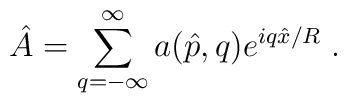
\hat{A}=\sum_{q=-\infty}^{\infty}a(\hat{p},q)e^{iq\hat{x}/R}\;.